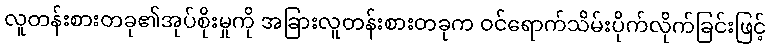
လူတန်းစားတခု၏အုပ်စိုးမှုကို အခြားလူတန်းစားတခုက ဝင်ရောက်သိမ်းပိုက်လိုက်ခြင်းဖြင့်